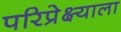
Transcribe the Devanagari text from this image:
परिप्रेक्ष्याला